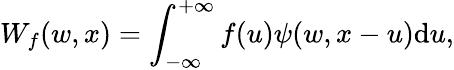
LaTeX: W_{f}(w,x)=\int_{-\infty}^{+\infty}f(u)\psi(w,x-u)\mathrm{d}u,